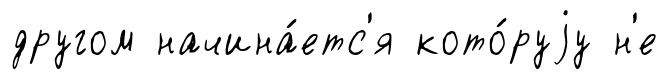
другом начина́етс'я кото́руjу н'е